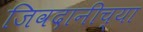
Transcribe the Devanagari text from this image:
जिवदानीच्या